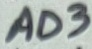
Text: AD3